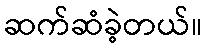
ဆက်ဆံခဲ့တယ်။